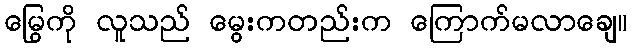
မြွေကို လူသည် မွေးကတည်းက ကြောက်မလာချေ။